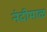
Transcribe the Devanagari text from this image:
नंदीमाळ